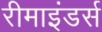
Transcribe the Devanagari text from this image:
रीमाइंडर्स